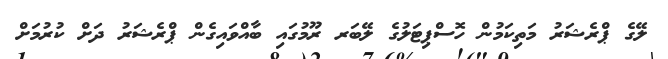
ލޭގެ ޕްރެޝަރު މަތިކަމުން ހޮސްޕިޓަލުގެ ލޭބަރ ރޫމުގައި ބާއްވައިގެން ޕްރެޝަރު ދަށް ކުރުމަށް